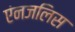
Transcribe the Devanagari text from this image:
एंनजलिस